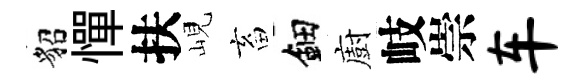
貂憚扶峴畜鈿廚岐崇车